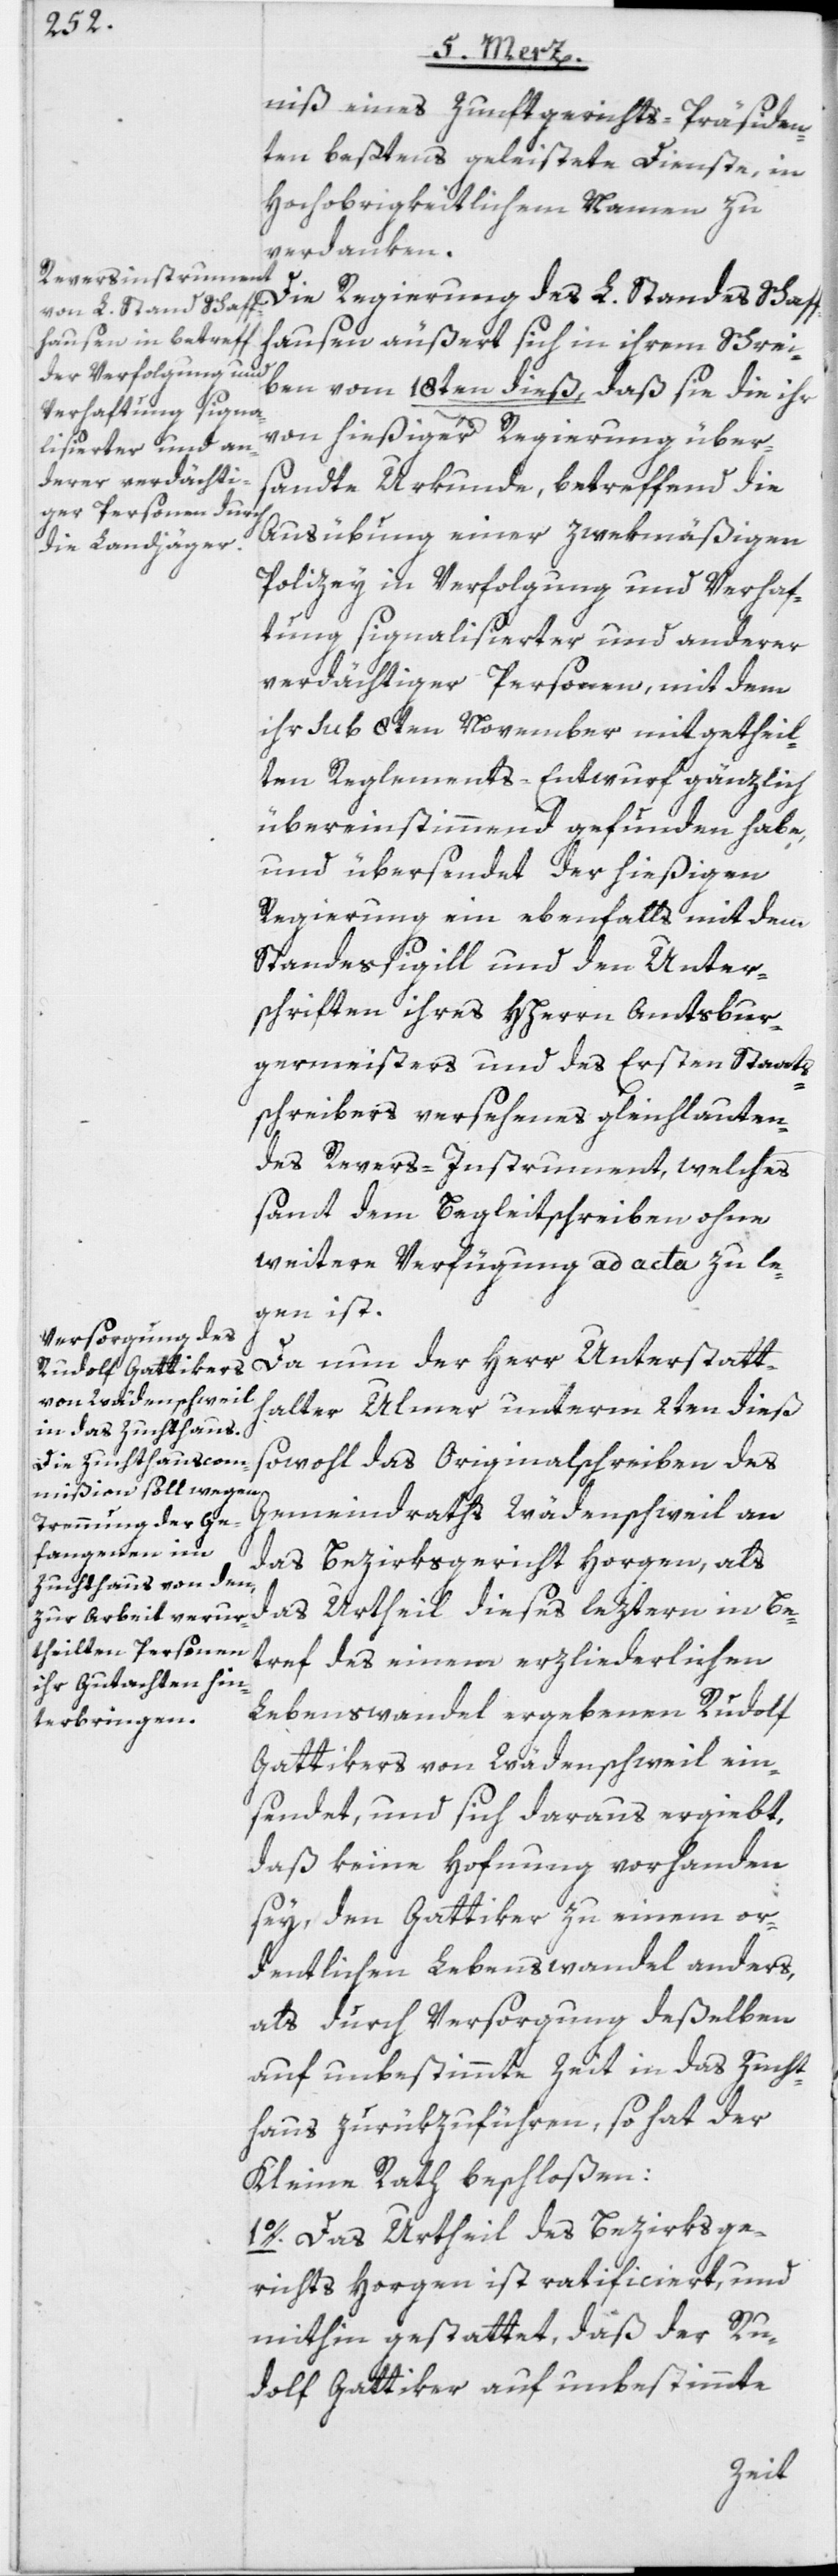
niß eines Zunftgerichts-Präsiden¬
ten beßtens geleistete Dienste, in
Hochobrigkeitlichem Namen zu
verdanken.
Die Regierung des L. Standes Schaff¬
hausen äußert sich in ihrem Schrei¬
ben vom 18ten dieß, daß sie die ihr
von hießiger Regierung über¬
sandte Urkunde, betreffend die
Ausübung einer zwekmäßigen
Polizey in Verfolgung und Verhaf¬
tung signalisierter und anderer
verdächtiger Personen, mit dem
ihr sub 8ten November mitgetheil¬
ten Reglements-Entwurf gänzlich
übereinstimmend gefunden habe,
und übersendet der hießigen
Regierung ein ebenfalls mit dem
Standessigill und den Unter¬
schriften ihres Hherrn Amtsbur¬
germeisters und des Ersten Staats¬
schreibers versehenes gleichlauten¬
des Revers-Instrument, welches
samt dem Begleitschreiben ohne
weitere Verfügung ad acta zu le¬
gen ist.
Da nun der Herr Unterstatth¬
alter Ulmer unterm 2ten dieß
sowohl das Originalschreiben des
Gemeindraths Wädenschweil an
das Bezirksgericht Horgen, als
das Urtheil dieses leztern in Be¬
tref des einem erzliederlichen
Lebenswandel ergebenen Rudolf
Gattikers von Wädenschweil ein¬
sendet, und sich daraus ergiebt,
daß keine Hofnung vorhanden
sey, den Gattiker zu einem or¬
dentlichen Lebenswandel anders,
als durch Versorgung deßelben
auf unbestimmte Zeit in das Zucht¬
haus zurükzuführen, so hat der
Kleine Rath beschloßen:
1o. Das Urtheil des Bezirksge¬
richts Horgen ist ratificiert, und
mithin gestattet, daß der Ru¬
dolf Gattiker auf unbestimmte